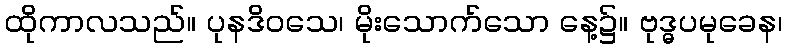
ထိုကာလသည်။ ပုနဒိဝသေ၊ မိုးသောက်သော နေ့၌။ ဗုဒ္ဓပမုခေန၊